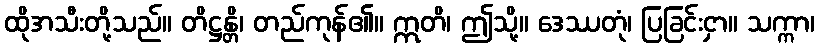
ထိုအသီးတို့သည်။ တိဋ္ဌန္တိ၊ တည်ကုန်၏။ ဣတိ၊ ဤသို့။ ဒေဿတုံ၊ ပြခြင်းငှာ။ သက္ကာ၊